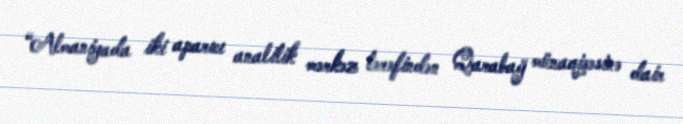
“Almaniyada iki aparıcı analitik mərkəz tərəfindən Qarabağ münaqişəsinə dair